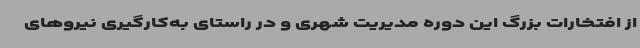
از افتخارات بزرگ این دوره مدیریت شهری و در راستای به‌کارگیری نیروهای